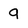
Character: 9